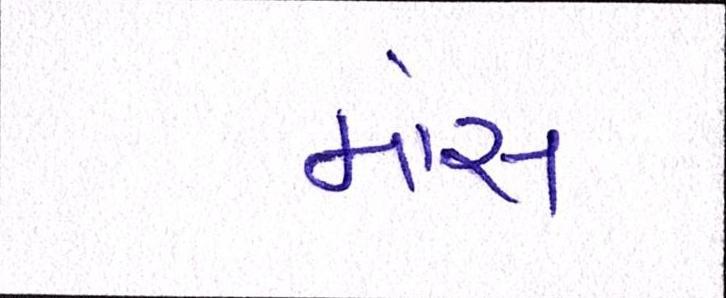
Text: માંસ